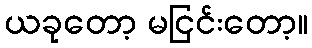
ယခုတော့ မငြင်းတော့။